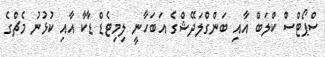
ސްޕޯޓްސް ކްލަބް އާއި ބަންގްލަދޭޭޝްގެ އަބަހާނީ ލިމިޓެޑް ޑާކާ އާއި ކުޅުނު މެެޗްގެެ